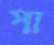
পা